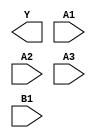
/**
 * Copyright 2020 The SkyWater PDK Authors
 *
 * Licensed under the Apache License, Version 2.0 (the "License");
 * you may not use this file except in compliance with the License.
 * You may obtain a copy of the License at
 *
 *     https://www.apache.org/licenses/LICENSE-2.0
 *
 * Unless required by applicable law or agreed to in writing, software
 * distributed under the License is distributed on an "AS IS" BASIS,
 * WITHOUT WARRANTIES OR CONDITIONS OF ANY KIND, either express or implied.
 * See the License for the specific language governing permissions and
 * limitations under the License.
 *
 * SPDX-License-Identifier: Apache-2.0
 */

`ifndef SKY130_FD_SC_LS__A31OI_BLACKBOX_V
`define SKY130_FD_SC_LS__A31OI_BLACKBOX_V

/**
 * a31oi: 3-input AND into first input of 2-input NOR.
 *
 *        Y = !((A1 & A2 & A3) | B1)
 *
 * Verilog stub definition (black box without power pins).
 *
 * WARNING: This file is autogenerated, do not modify directly!
 */

`timescale 1ns / 1ps
`default_nettype none

(* blackbox *)
module sky130_fd_sc_ls__a31oi (
    Y ,
    A1,
    A2,
    A3,
    B1
);

    output Y ;
    input  A1;
    input  A2;
    input  A3;
    input  B1;

    // Voltage supply signals
    supply1 VPWR;
    supply0 VGND;
    supply1 VPB ;
    supply0 VNB ;

endmodule

`default_nettype wire
`endif  // SKY130_FD_SC_LS__A31OI_BLACKBOX_V